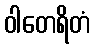
ဝါတေရိတံ